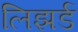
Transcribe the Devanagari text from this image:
लिझर्ड